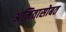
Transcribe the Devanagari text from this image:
अमितासोबत